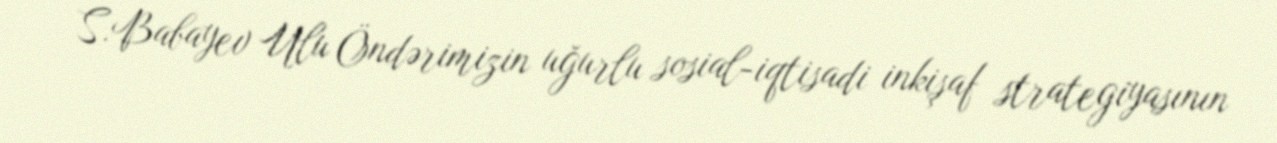
S.Babayev Ulu Öndərimizin uğurlu sosial-iqtisadi inkişaf strategiyasının